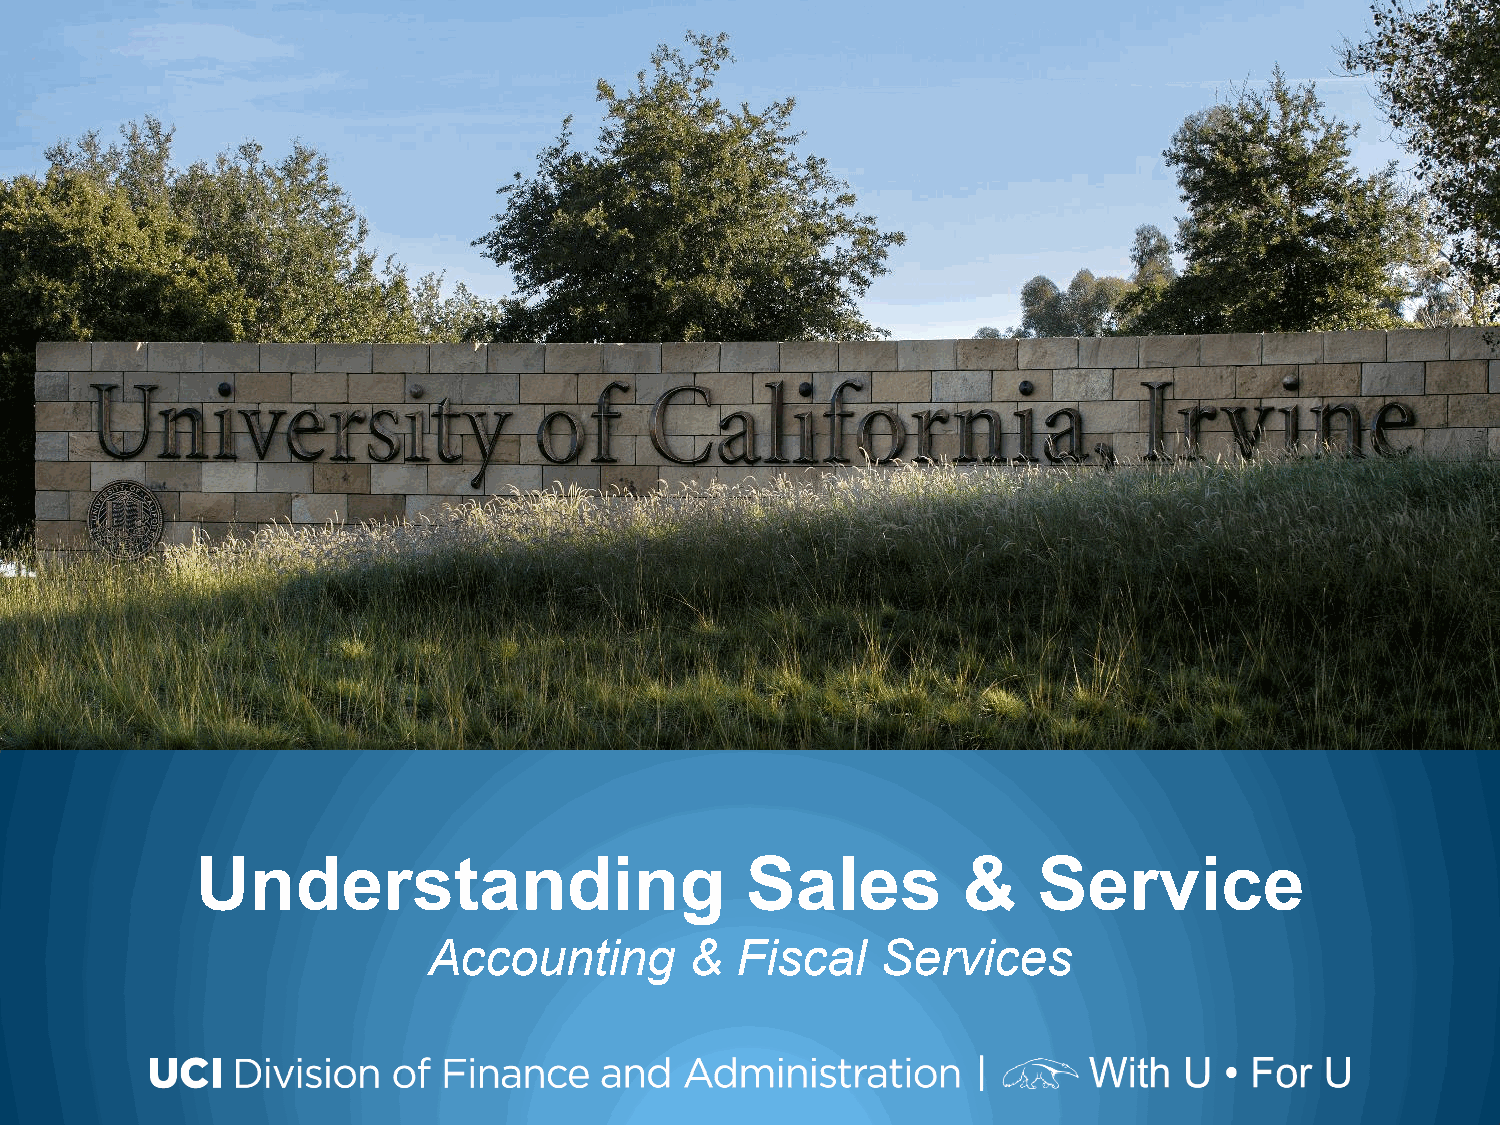
Understanding                       Sales          &    Service
 Accounting        &  Fiscal   Services